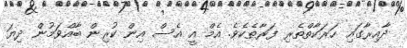
ދާއިރާގައި ހަރަކާތްތެރި ފަރާތެކެވެ. އެމް އީ އެސް އިން ކުރިން ބާއްވަމުން ދިޔަ